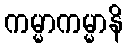
ကမ္မာကမ္မာနိ